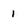
Character: 1